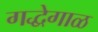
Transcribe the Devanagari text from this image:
गद्धेगाळ